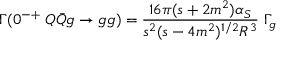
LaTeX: \Gamma ( 0 ^ { - + } \; Q \bar { Q } g \rightarrow g g ) = { \frac { 1 6 \pi ( s + 2 m ^ { 2 } ) \alpha _ { S } } { s ^ { 2 } ( s - 4 m ^ { 2 } ) ^ { 1 / 2 } R ^ { 3 } } } \; \Gamma _ { g }